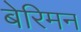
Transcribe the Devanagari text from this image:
बेरिमन